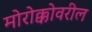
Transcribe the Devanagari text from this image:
मोरोक्कोवरील